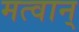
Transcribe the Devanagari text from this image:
मत्वान्